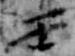
壬